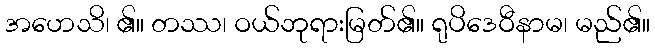
အဟေသိ၊ ၏။ တဿ၊ ဝယ်ဘုရားမြတ်၏။ ရုပိဒေဝီနာမ၊ မည်၏။